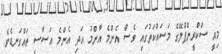
މިއީ ސްކްރީންޕްލޭގެ މަސައްކަތުގައި ވެސް އެންމެ އާންމު އަދި އެންމެ އަސާސީ ތައްގަނޑެވެ.